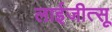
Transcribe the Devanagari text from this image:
लाईजीत्सू